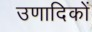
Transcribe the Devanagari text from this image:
उणादिकों